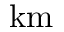
\mathrm { k m }